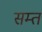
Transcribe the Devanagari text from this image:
सम्त